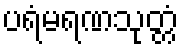
ပရံမရဏသုတ္တံ